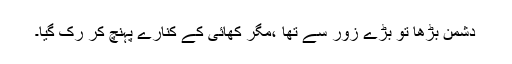
دشمن بڑھا تو بڑے زور سے تھا ،مگر کھائی کے کنارے پہنچ کر رک گیا۔